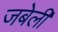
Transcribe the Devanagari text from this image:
जबेली